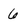
Character: 6